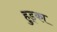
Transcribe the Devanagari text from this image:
हुड्का